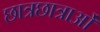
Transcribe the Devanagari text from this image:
छात्रछात्राओं